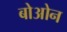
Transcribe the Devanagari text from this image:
बोओन